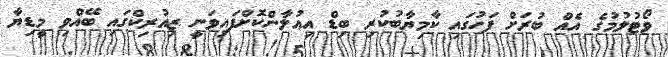
ވޯޓުލުމުގެ އެއް ބުރަށް ފަހުގައި ކާމިޔާބުކުރި ބިޑް އިޢުލާންކޮށްފައިވަނީ ޒިއުރިކްގައި ބޭއްވި މީޑިޔާ